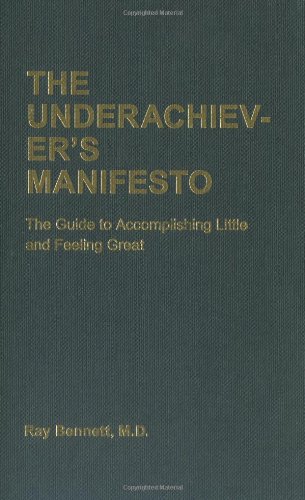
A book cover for The Underachiever's Manifesto: The Guide to Accomplishing Little and Feeling Great; Ray Bennett; Humor & Entertainment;